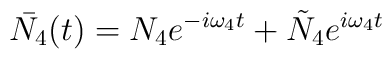
\bar{N_4}(t) = N_4 e^{-i\omega_4 t} + \tilde N_4 e^{i\omega_4 t}